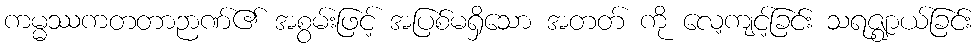
ကမ္မဿကတတာဉာဏ်၏ အစွမ်းဖြင့် အပြစ်မရှိသော အတတ် ကို လေ့ကျင့်ခြင်း သရဇ္ဈာယ်ခြင်း